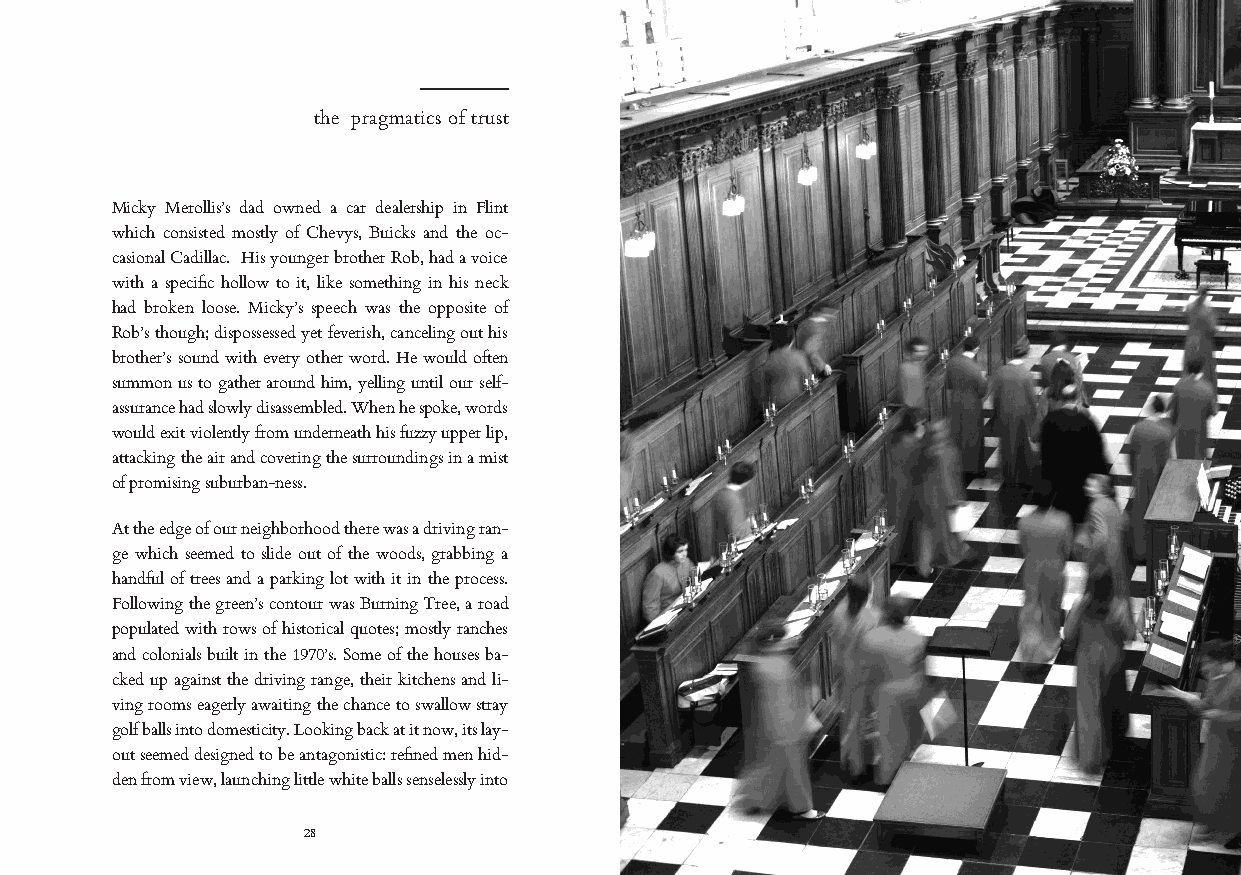
the pragmatics of trust
 Micky Merollis’s dad owned a car dealership in Flint
 which consisted mostly of Chevys, Buicks and the oc-
 casional Cadillac. His younger brother Rob, had a voice
 with a specific hollow to it, like something in his neck
 had broken loose. Micky’s speech was the opposite of
 Rob’s though; dispossessed yet feverish, canceling out his
 brother’s sound with every other word. He would often
 summon us to gather around him, yelling until our self-
 assurance had slowly disassembled. When he spoke, words
 would exit violently from underneath his fuzzy upper lip,
 attacking the air and covering the surroundings in a mist
 of promising suburban-ness.
 At the edge of our neighborhood there was a driving ran-
 ge which seemed to slide out of the woods, grabbing a
 handful of trees and a parking lot with it in the process.
 Following the green’s contour was Burning Tree, a road
 populated with rows of historical quotes; mostly ranches
 and colonials built in the 1970’s. Some of the houses ba-
 cked up against the driving range, their kitchens and li-
 ving rooms eagerly awaiting the chance to swallow stray
 golf balls into domesticity. Looking back at it now, its lay-
 out seemed designed to be antagonistic: refined men hid-
 den from view, launching little white balls senselessly into
 28